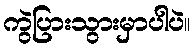
ကွဲပြားသွားမှာပါပဲ။